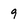
Character: 9